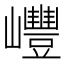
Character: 㠦